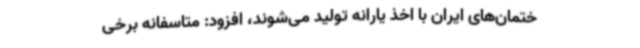
ختمان‌های ایران با اخذ یارانه تولید می‌شوند، افزود: متاسفانه برخی